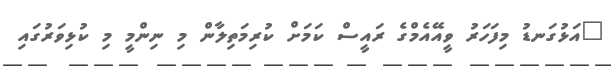
"އަޅުގަނޑު މިފަހަރު ވީއޭއެމްގެ ރައީސް ކަމަށް ކުރިމަތިލާން މި ނިންމީ މި ކުޅިވަރުގައި